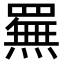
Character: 䍢